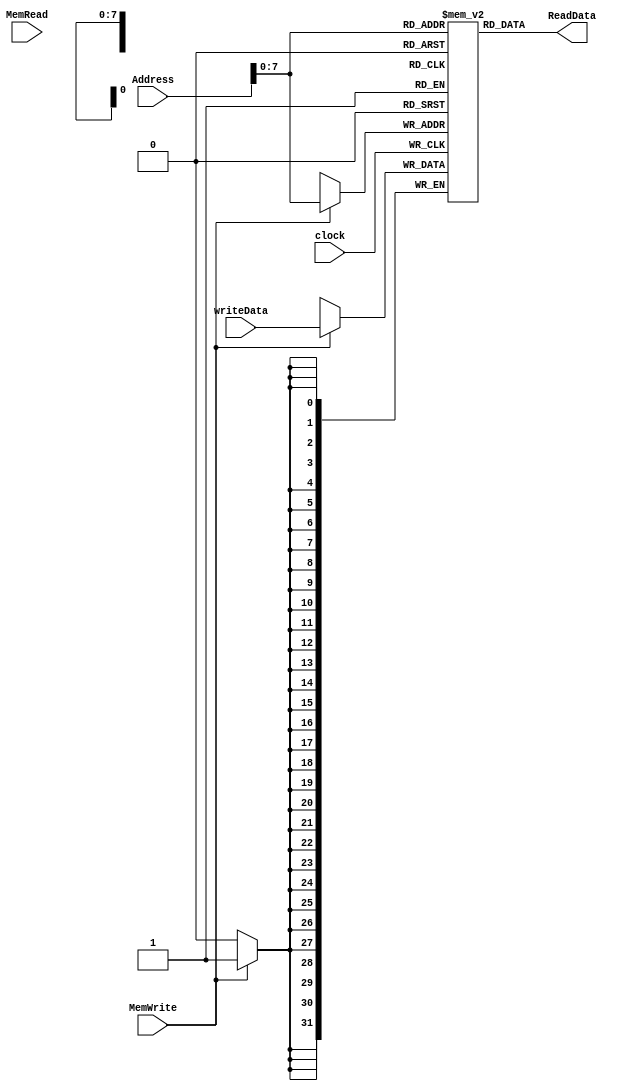
`timescale 1ns / 1ns
/** @module : Memory Module
 *  @author : Albert Bitdiddle
 *  Simple Memory Design Template
 *  Adaptive and Secure Computing Systems (ASCS) Laboratory
 */
 
 module Memory (
		clock,
    	Address,
   		MemRead, ReadData,
    	MemWrite,writeData
); 

input clock; 
input [31:0]   Address;
input MemRead;
output [31:0]  ReadData;
input MemWrite;
input [31:0]   writeData;
 
localparam MEM_DEPTH = 1 << 8;
reg [31:0]     ram [0:MEM_DEPTH-1];
 
//--------------Add your code here ------------------ 
always @ (posedge clock) begin
	if (MemWrite) 
		begin
		ram[Address] <= writeData;
		end
end
//----------------------------------------------------

assign ReadData = ram[Address];

endmodule